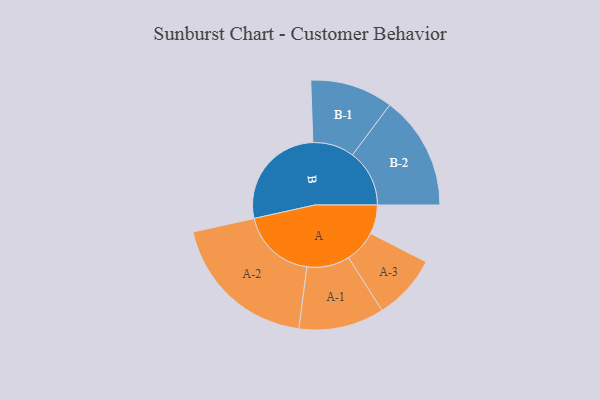
{"axis": {"x": "Segment", "y": "Value"}, "legend": ["", "A", "B"], "data": [{"x": "A", "y": 114, "type": ""}, {"x": "B", "y": 423, "type": ""}, {"x": "A-1", "y": 168, "type": "A"}, {"x": "A-2", "y": 295, "type": "A"}, {"x": "A-3", "y": 128, "type": "A"}, {"x": "B-1", "y": 163, "type": "B"}, {"x": "B-2", "y": 224, "type": "B"}]}